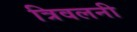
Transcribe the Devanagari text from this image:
त्रिवलनी